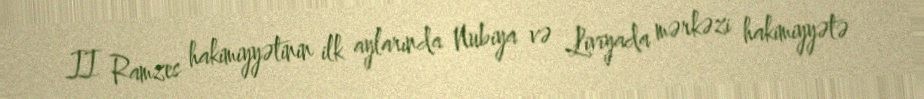
II Ramzes hakimiyyətinin ilk aylarında Nubiya və Liviyada mərkəzi hakimiyyətə